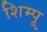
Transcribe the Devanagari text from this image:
शिम्पू